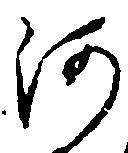
河